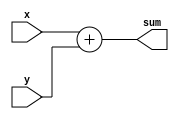
`timescale 1 ns / 1 ns
module adder(x,y,sum);
parameter width = 1; // 1 bit is default
input signed [width-1:0] x, y;
output reg signed [width:0] sum;
always@(x, y) 
begin
sum = x + y;
end
endmodule